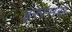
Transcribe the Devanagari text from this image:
इरेस्मस